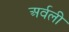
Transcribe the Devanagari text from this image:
अर्वली